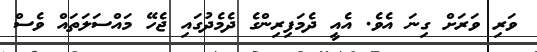
ވަރި ވަރަށް ގިނަ އެވެ. އެއީ ދެމަފިރިންގެ ދެމެދުގައި ޖެހޭ މައްސަލަތައް ވެސް